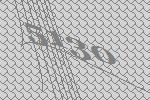
5130